Vaccination report Assam 1896-1927 - 1896-1927
Year: 1896
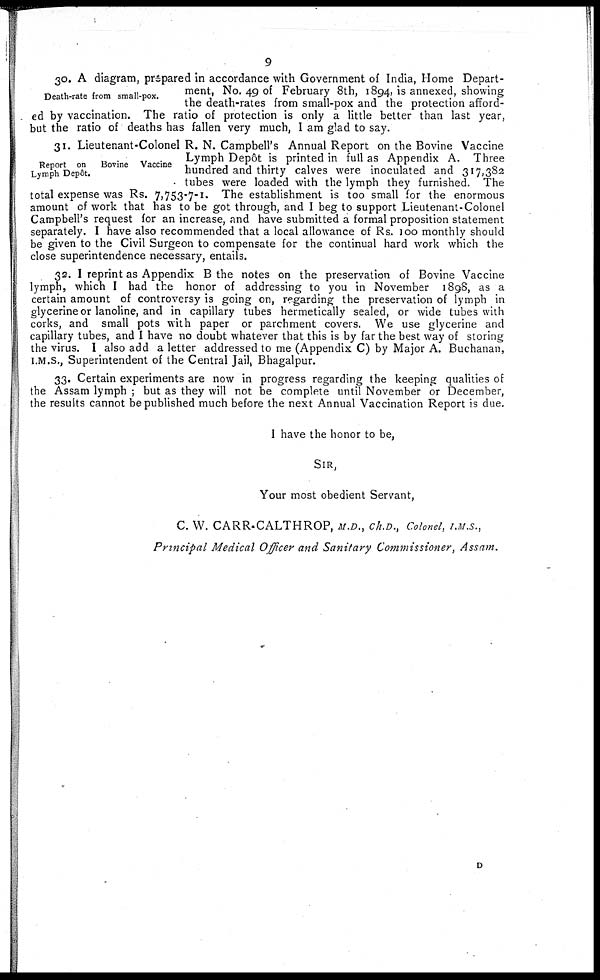
9
Death-rate from small-pox.
30. A diagram, prepared in accordance with Government of India, Home Depart-
ment, No. 49 of February 8th, 1894, is annexed, showing
the death-rates from small-pox and the protection afford-
ed by vaccination. The ratio of protection is only a little better than last year,
but the ratio of deaths has fallen very much, I am glad to say.
Report on
Bovine Vaccine
Lymph Depôt.
31. Lieutenant-Colonel R. N. Campbell's Annual Report on the Bovine Vaccine
Lymph Depôt is printed in full as Appendix A. Three
hundred and thirty calves were inoculated and 317,382
tubes were loaded with the lymph they furnished. The
total expense was Rs. 7,753-7-1. The establishment is too small for the enormous
amount of work that has to be got through, and I beg to support Lieutenant-Colonel
Campbell's request for an increase, and have submitted a formal proposition statement
separately. I have also recommended that a local allowance of Rs. 100 monthly should
be given to the Civil Surgeon to compensate for the continual hard work which the
close superintendence necessary, entails.
32. I reprint as Appendix B the notes on the preservation of Bovine Vaccine
lymph, which I had the honor of addressing to you in November 1898, as a
certain amount of controversy is going on, regarding the preservation of lymph in
glycerine or lanoline, and in capillary tubes hermetically sealed, or wide tubes with
corks, and small pots with paper or parchment covers. We use glycerine and
capillary tubes, and I have no doubt whatever that this is by far the best way of storing
the virus. I also add a letter addressed to me (Appendix C) by Major A. Buchanan,
I.M.S., Superintendent of the Central Jail, Bhagalpur.
33. Certain experiments are now in progress regarding the keeping qualities of
the Assam lymph ; but as they will not be complete until November or December,
the results cannot be published much before the next Annual Vaccination Report is due.
I have the honor to be,
SIR,
Your most obedient Servant,
C. W. CARR-CALTHROP, M.D., ch.D., Colonel, I.M.S.,
Principal Medical Officer and Sanitary Commissioner, Assam.
D